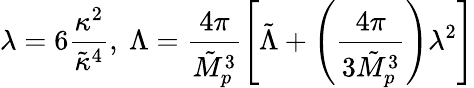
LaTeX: \lambda=6\frac{\kappa^{2}}{\tilde{\kappa}^{4}},~\Lambda=\frac{4\pi}{\tilde{M}_{p}^{3}}\left[\tilde{\Lambda}+\left(\frac{4\pi}{3\tilde{M}_{p}^{3}}\right)\lambda^{2}\right]